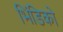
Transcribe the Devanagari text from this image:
भिंडिको